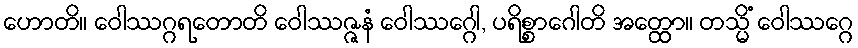
ဟောတိ။ ဝေါဿဂ္ဂရတောတိ ဝေါဿဇ္ဇနံ ဝေါဿဂ္ဂေါ, ပရိစ္စာဂေါတိ အတ္ထော။ တသ္မိံ ဝေါဿဂ္ဂေ